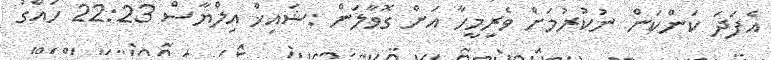
އެފަދަ ކަންކަން ނުކުރުމަށް ވެރިމީހާ އަށް ގޮވާލަން :ޝައިޚް އިލްޔާސް 22:23 ހައްގު